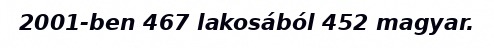
2001-ben 467 lakosából 452 magyar.